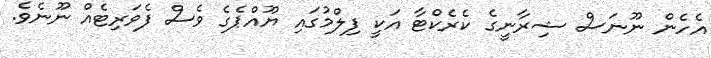
އެހެން ނޫނަސް ޝިރާނީގެ ކެރެކްޓާ އަކީ ފިލްމުގައި ޔޫއްޕެގެ ވެސް ފެވަރިޓެއް ނޫނެވެ.